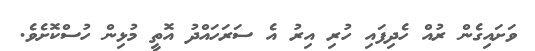
ވަށައިގެން ރުއް ހެދިފައި ހުރި އިރު އެ ސަރަހައްދު އޮތީ މުޅިން ހުސްކޮށެވެ.